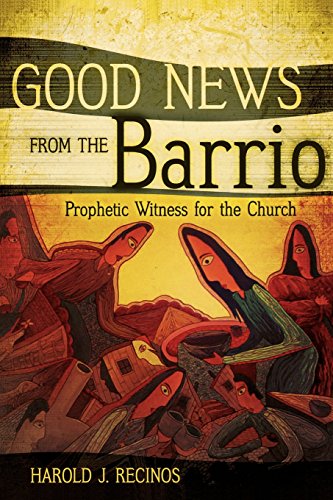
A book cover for Good News from the Barrio: Prophetic Witness for the Church; Harold J. Recinos; Christian Books & Bibles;